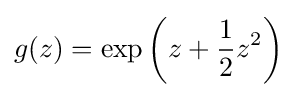
g(z)=\exp \left(z+{\frac {1}{2}}z^{2}\right)